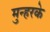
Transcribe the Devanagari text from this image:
मुन्हरके